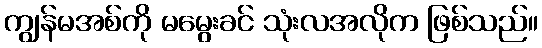
ကျွန်မအစ်ကို မမွေးခင် သုံးလအလိုက ဖြစ်သည်။